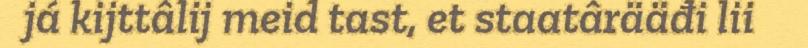
já kijttâlij meid tast, et staatârääđi lii